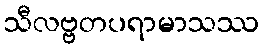
သီလဗ္ဗတပရာမာသဿ